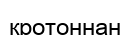
кротоннан